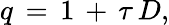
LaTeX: q\, =\, 1\, +\, \tau\, D,